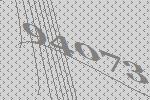
94073